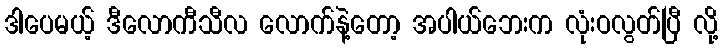
ဒါပေမယ့် ဒီလောကီသီလ လောက်နဲ့တော့ အပါယ်ဘေးက လုံးဝလွတ်ပြီ လို့